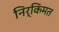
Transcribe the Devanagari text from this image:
निर्किंमत